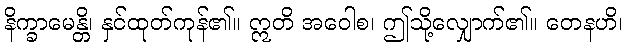
နိက္ခာမေန္တိ၊ နှင်ထုတ်ကုန်၏။ ဣတိ အဝေါစ၊ ဤသို့လျှောက်၏။ တေနဟိ၊